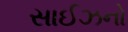
સાઈઝનો